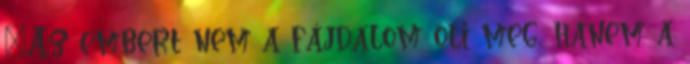
"Az embert nem a fájdalom öli meg, hanem a